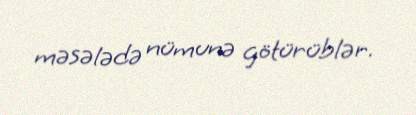
məsələdə nümunə götürüblər.